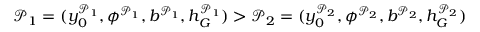
\mathcal { P } _ { 1 } = ( y _ { 0 } ^ { \mathcal { P } _ { 1 } } , \phi ^ { \mathcal { P } _ { 1 } } , b ^ { \mathcal { P } _ { 1 } } , h _ { G } ^ { \mathcal { P } _ { 1 } } ) > \mathcal { P } _ { 2 } = ( y _ { 0 } ^ { \mathcal { P } _ { 2 } } , \phi ^ { \mathcal { P } _ { 2 } } , b ^ { \mathcal { P } _ { 2 } } , h _ { G } ^ { \mathcal { P } _ { 2 } } )